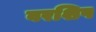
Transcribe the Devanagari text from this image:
वरशिप